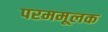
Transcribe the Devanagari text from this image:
परममूलक